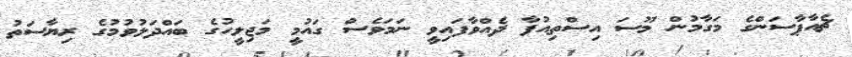
ޗެއާޕާސަންގެ މަގާމުން މޫސަ އިސްތިއުފާ ދެއްވާފައިވީ ނަމަވެސް ގައުމީ މަޖިލީހުގެ ބައްދަލުވުމުގެ ރިޔާސަތު